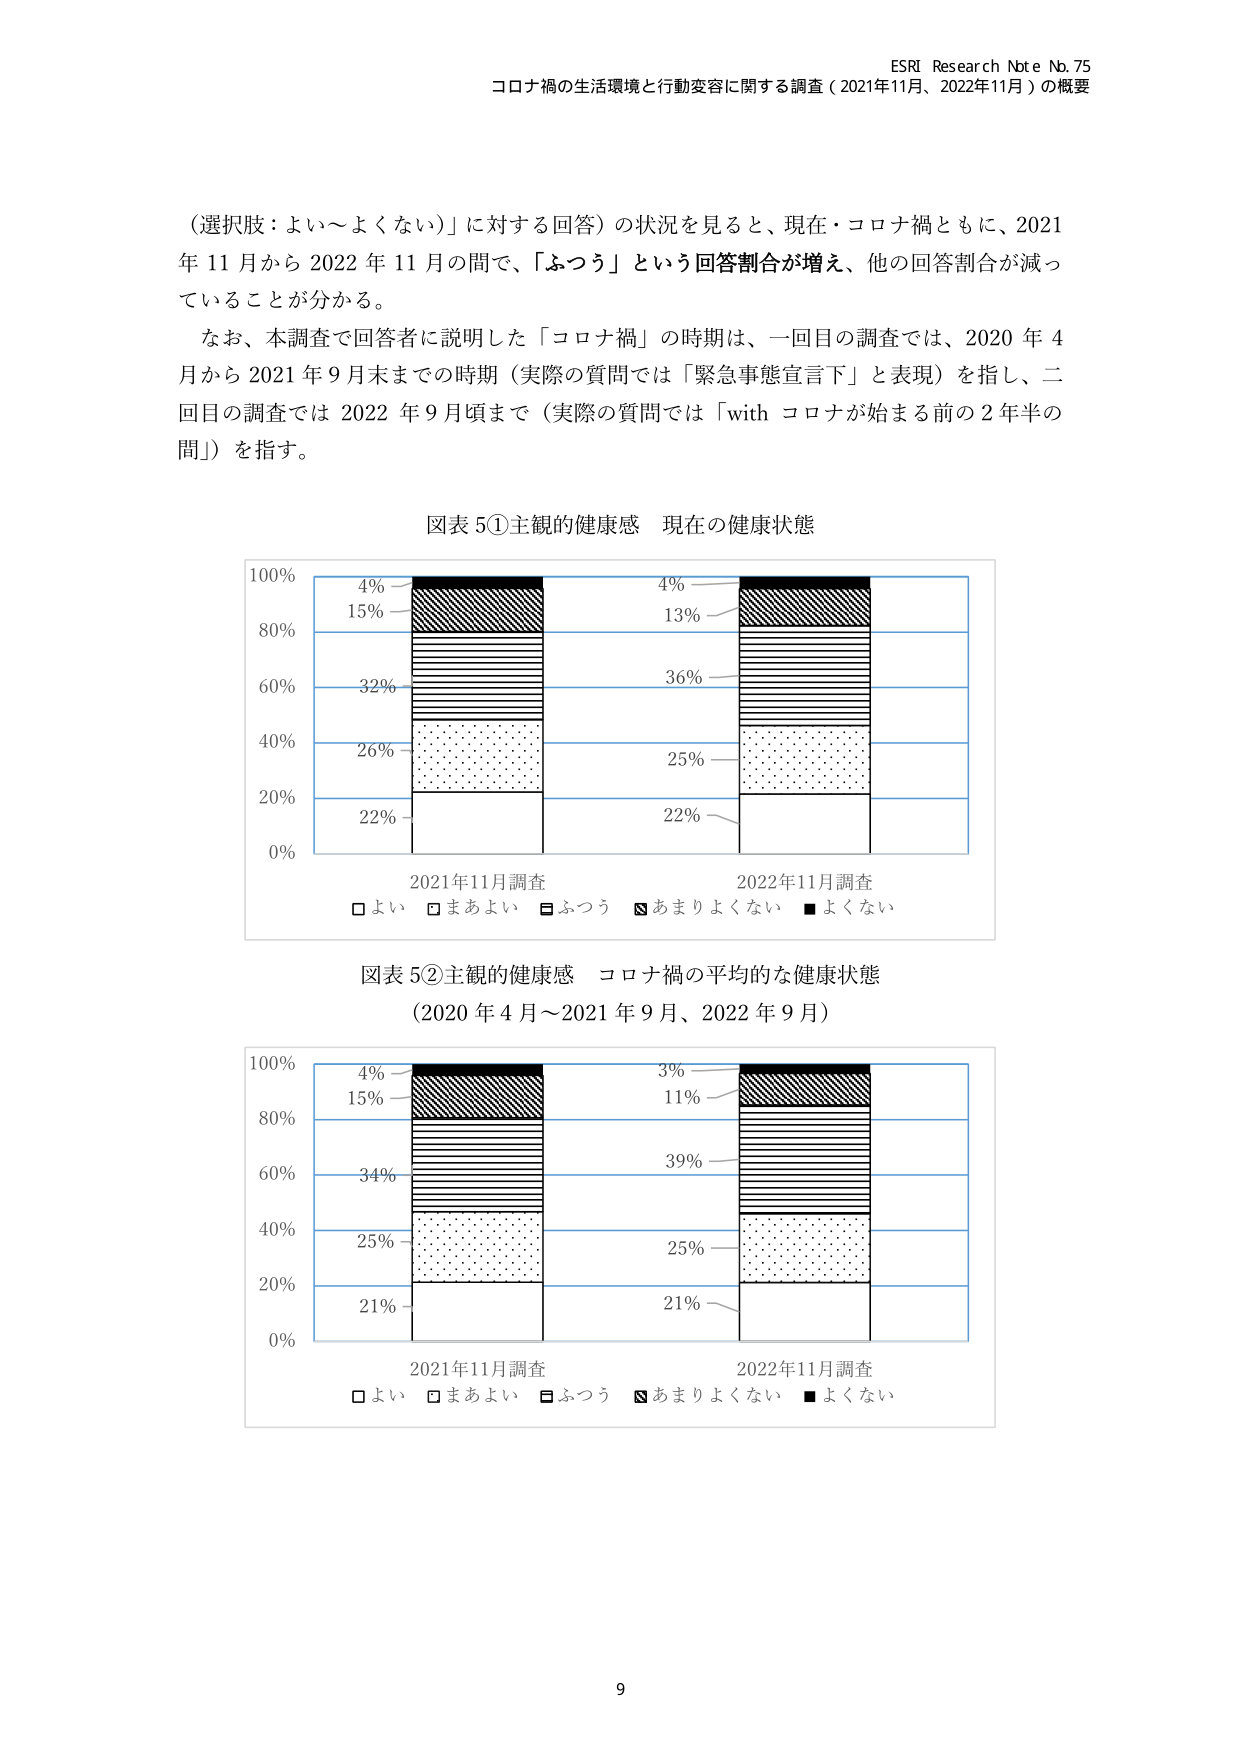
ESRI Research Note No. 75
コロナ禍の生活環境と行動変容に関する調査（2021年11月、2022年11月）の概要

（選択肢：よい～よくない）に対する回答）の状況を見ると、現在・コロナ禍ともに、2021年11月から2022年11月の間で、「ふつう」という回答割合が増え、他の回答割合が減っていることが分かる。
なお、本調査で回答者に説明した「コロナ禍」の時期は、一回目の調査では、2020年4月から2021年9月末までの時期（実際の質問では「緊急事態宣言下」と表現）を指し、二回目の調査では2022年9月頃まで（実際の質問では「with コロナが始まる前の2年半の間」）を指す。

図表5①主観的健康感 現在の健康状態
100%
80%
60%
40%
20%
0%
4%
15%
32%
26%
22%
2021年11月調査
4%
13%
36%
25%
22%
2022年11月調査
□よい □まあよい □ふつう □あまりよくない ■よくない

図表5②主観的健康感 コロナ禍の平均的な健康状態
（2020年4月～2021年9月、2022年9月）
100%
80%
60%
40%
20%
0%
4%
15%
34%
25%
21%
2021年11月調査
3%
11%
39%
25%
21%
2022年11月調査
□よい □まあよい □ふつう □あまりよくない ■よくない

9